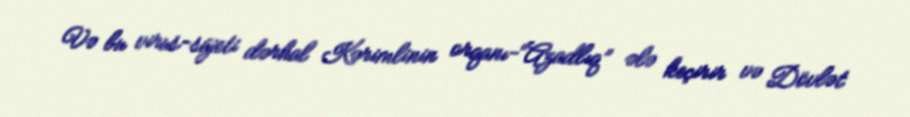
Və bu virus-süjeti dərhal Kərimlinin orqanı-“Azadlıq” ələ keçirir və Dövlət